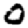
Digit: 0